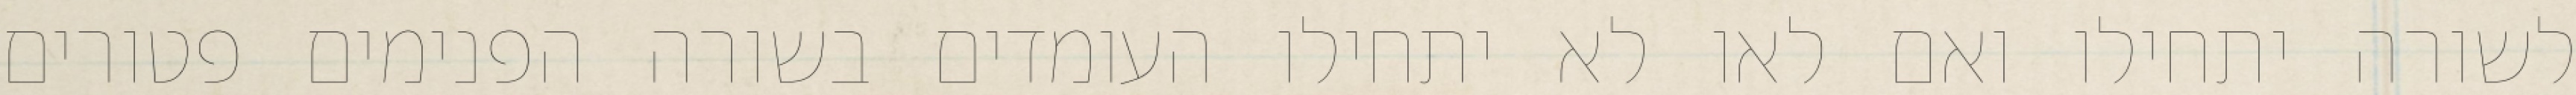
לשורה יתחילו ואם לאו לא יתחילו העומדים בשורה הפנימים פטורים